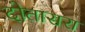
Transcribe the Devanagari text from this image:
दोतासरा